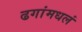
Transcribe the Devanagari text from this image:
ढगांमधलं